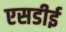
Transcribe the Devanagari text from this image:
एसडीई